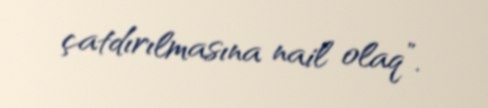
çatdırılmasına nail olaq”.